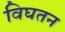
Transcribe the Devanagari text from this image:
विघतन